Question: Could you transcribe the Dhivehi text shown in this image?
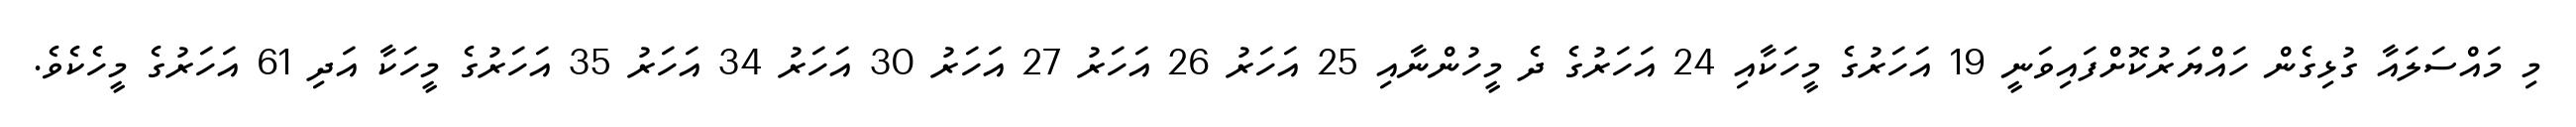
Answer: މި މައްސަލައާ ގުޅިގެން ހައްޔަރުކޮށްފައިވަނީ 19 އަހަރުގެ މީހަކާއި 24 އަހަރުގެ ދެ މީހުންނާއި 25 އަހަރު 26 އަހަރު 27 އަހަރު 30 އަހަރު 34 އަހަރު 35 އަހަރުގެ މީހަކާ އަދި 61 އަހަރުގެ މީހެކެވެ.